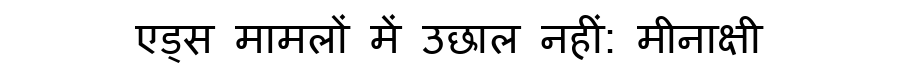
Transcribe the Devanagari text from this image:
एड्स मामलों में उछाल नहीं: मीनाक्षी